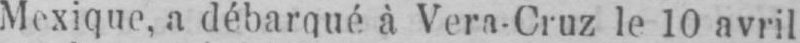
Mexique, a débarqué à Vera-Cruz le 10 avril